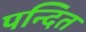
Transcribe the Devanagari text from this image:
पन्दित